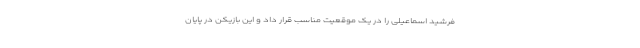
فرشید اسماعیلی را در یک موقعیت مناسب قرار داد و این بازیکن در پایان